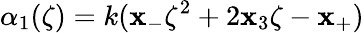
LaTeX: \alpha_{1}(\zeta)=k(\mathbf{x}_{-}\zeta^{2}+2\mathbf{x}_{3}\zeta-\mathbf{x}_{+})